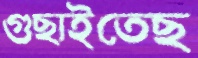
গুছাইতেছ